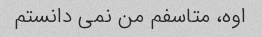
اوه، متاسفم من نمی دانستم